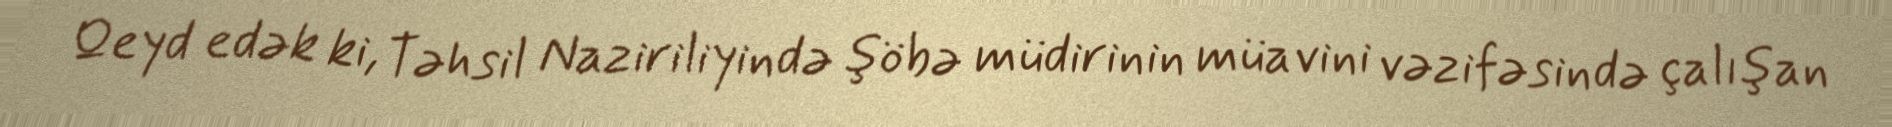
Qeyd edək ki, Təhsil Naziriliyində şöbə müdirinin müavini vəzifəsində çalışan